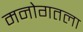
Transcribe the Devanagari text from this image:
मनोगतला